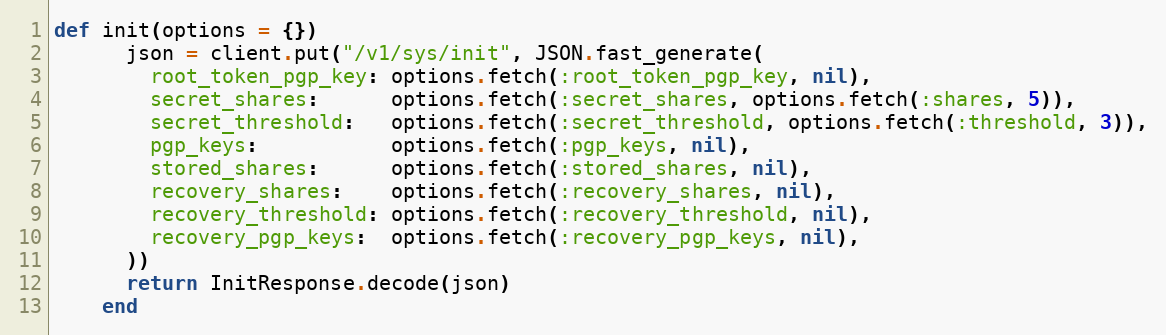
Language: Ruby
def init(options = {})
      json = client.put("/v1/sys/init", JSON.fast_generate(
        root_token_pgp_key: options.fetch(:root_token_pgp_key, nil),
        secret_shares:      options.fetch(:secret_shares, options.fetch(:shares, 5)),
        secret_threshold:   options.fetch(:secret_threshold, options.fetch(:threshold, 3)),
        pgp_keys:           options.fetch(:pgp_keys, nil),
        stored_shares:      options.fetch(:stored_shares, nil),
        recovery_shares:    options.fetch(:recovery_shares, nil),
        recovery_threshold: options.fetch(:recovery_threshold, nil),
        recovery_pgp_keys:  options.fetch(:recovery_pgp_keys, nil),
      ))
      return InitResponse.decode(json)
    end